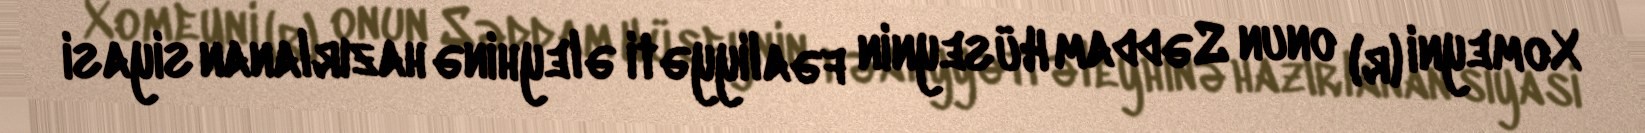
Xomeyni (r) onun Səddam Hüseynin fəaliyyəti əleyhinə hazırlanan siyasi